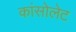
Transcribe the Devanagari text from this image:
कांसोलेट